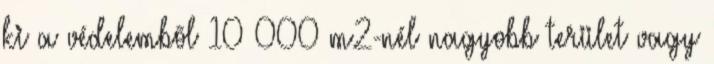
ki a védelembõl 10 000 m2-nél nagyobb terület vagy